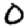
Digit: 0